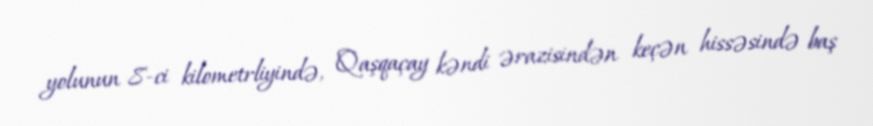
yolunun 8-ci kilometrliyində, Qaşqaçay kəndi ərazisindən keçən hissəsində baş